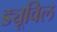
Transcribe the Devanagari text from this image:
ड्यूविल